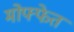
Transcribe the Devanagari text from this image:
मोफ्फेत